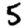
Digit: 5